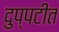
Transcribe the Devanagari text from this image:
दुप्पटीत